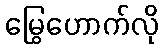
မြွေဟောက်လို